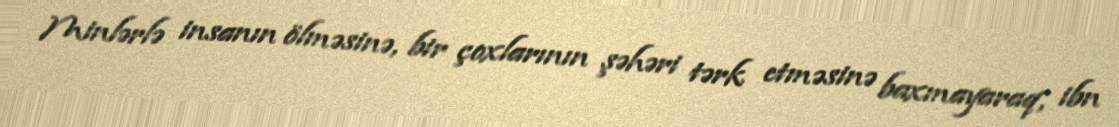
Minlərlə insanın ölməsinə, bir çoxlarının şəhəri tərk etməsinə baxmayaraq, ibn